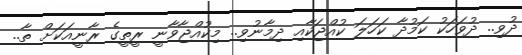
ދުވި.. ދުވަހަކު ކަމުދާ ކަހަލަ ކުއްޖަކާއި ދިމާނުވި.. މިކުއްޖާވާނީ ރީތީގެ ރާނީއަކަށް ތާ..